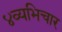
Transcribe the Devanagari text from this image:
४व्यभिचार